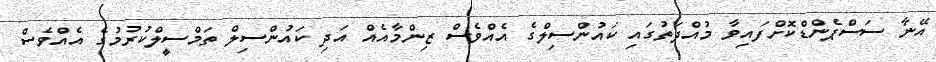
އޭނާ ސަސްޕެންޑްކޮށްފައިވާ މުއްދަތުގައި ކައުންސިލްގެ އެއްވެސް ޒިންމާއެއް އަދި ކައުންސިލް ތަމްސީލްކުރުމުގެ އެއްވެސް